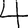
Digit: 4